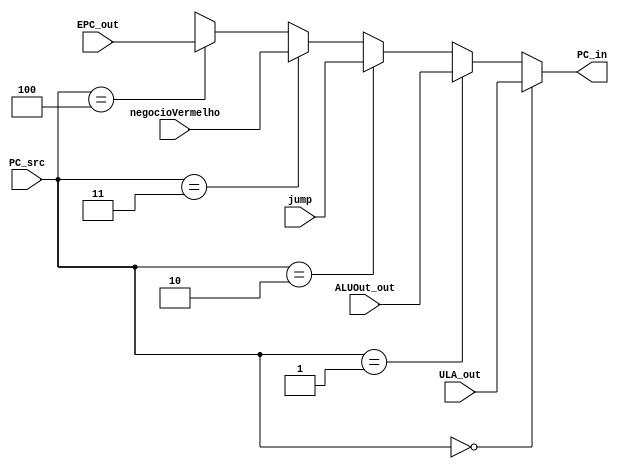
module Mux_PC_src (
    input wire[2:0] PC_src,
    input wire[31:0] ULA_out,
    input wire[31:0] ALUOut_out,
    input wire[31:0] jump,
    input wire[31:0] negocioVermelho,//mudar nome n lembro oq faz
    input wire[31:0] EPC_out,
    
    output wire[31:0] PC_in
);

    assign PC_in = (PC_src == 3'b000) ? ULA_out :
                   (PC_src == 3'b001) ? ALUOut_out :
                   (PC_src == 3'b010) ? jump :
                   (PC_src == 3'b011) ? negocioVermelho :
                   (PC_src == 3'b100) ? EPC_out: 
                   32'bxxxxxxxxxxxxxxxxxxxxxxxxxxxxxxxx; 

endmodule